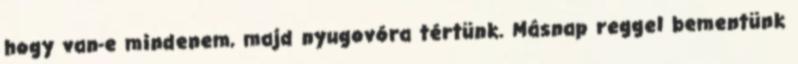
hogy van-e mindenem, majd nyugovóra tértünk. Másnap reggel bementünk